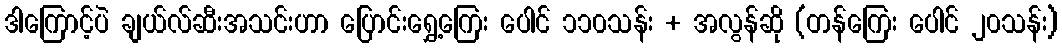
ဒါကြောင့်ပဲ ချယ်လ်ဆီးအသင်းဟာ ပြောင်းရွှေ့ကြေး ပေါင် ၁၁၀သန်း + အလွန်ဆို (တန်ကြေး ပေါင် ၂၀သန်း)